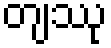
တျဿု